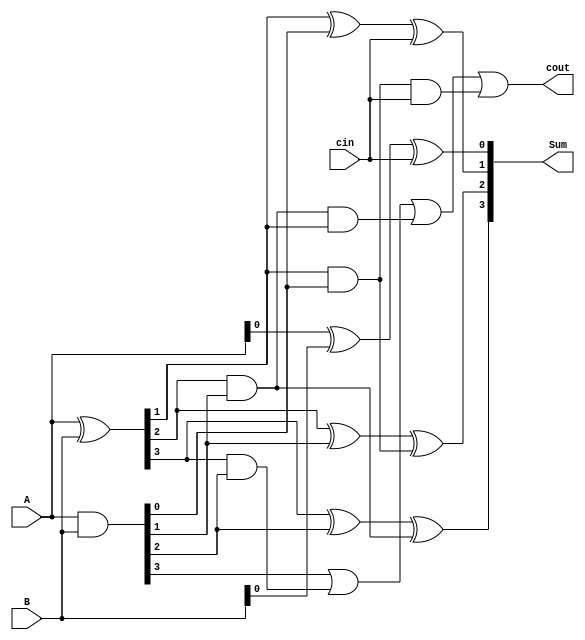
module CarryLookaheadSubtractor (
    input wire [3:0] A,
    input wire [3:0] B,
    input wire cin,
    output reg [3:0] Sum,
    output reg cout
);

// Generate and Propagate signals for carry lookahead logic
wire [3:0] G, P;
assign G = A & B;
assign P = A ^ B;

// Calculate Sum
always @* begin
    Sum[0] = A[0] ^ B[0] ^ cin;
    Sum[1] = P[1] ^ G[0] ^ cin;
    Sum[2] = P[2] ^ G[1] ^ (P[1] & G[0]);
    Sum[3] = P[3] ^ G[2] ^ (P[2] & G[1]);
end

// Calculate Cout
always @* begin
    cout = G[3] | (P[3] & G[2]) | (P[2] & G[1] & P[1]) | (P[1] & G[0] & cin);
end

endmodule